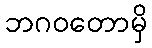
ဘဂဝတောမှိ